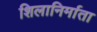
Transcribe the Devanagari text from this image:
शिलानिर्माता